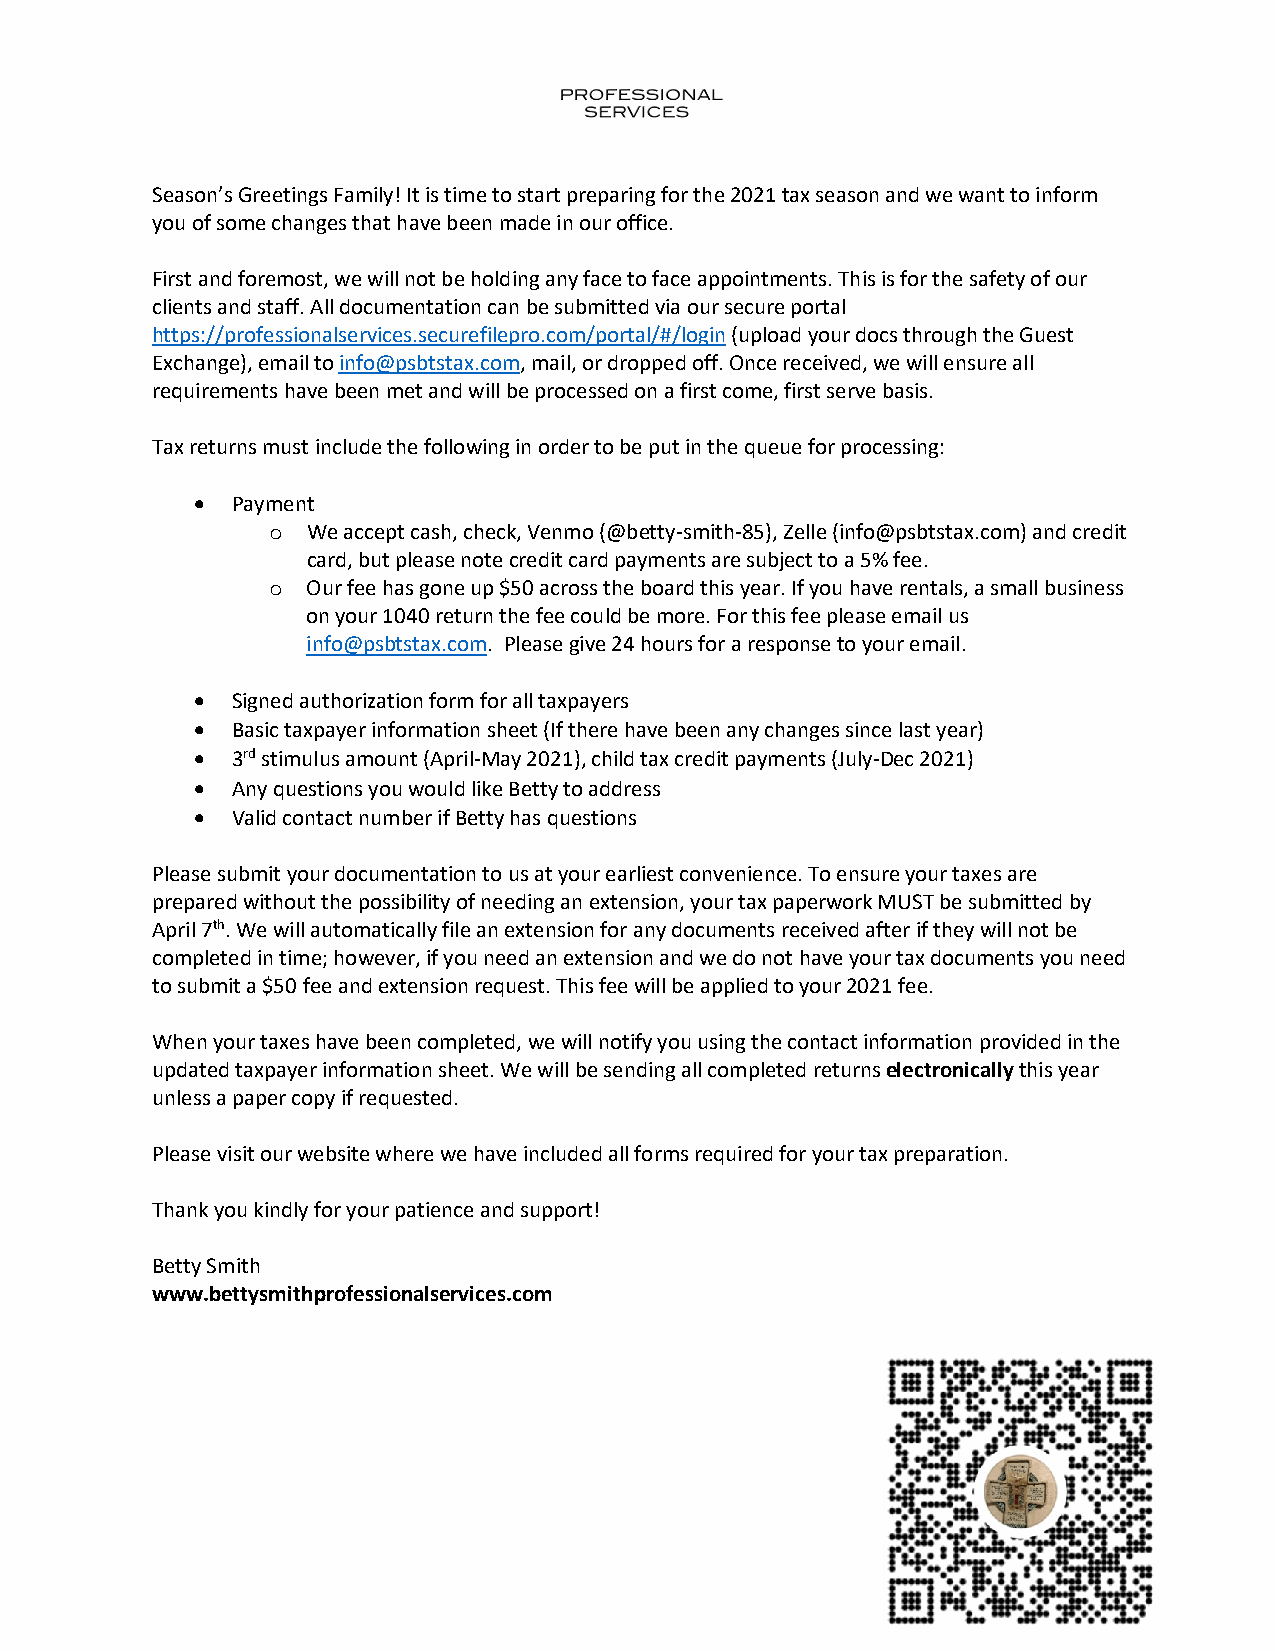
Season’s Greetings Family! It is time to start preparing for the 2021 tax season and we want to inform
 you of some changes that have been made in our office.
 First and foremost, we will not be holding any face to face appointments. This is for the safety of our
 clients and staff. All documentation can be submitted via our secure portal
 https://professionalservices.securefilepro.com/portal/#/login (upload your docs through the Guest
 Exchange), email to info@psbtstax.com, mail, or dropped off. Once received, we will ensure all
 requirements have been met and will be processed on a first come, first serve basis.
 Tax returns must include the following in order to be put in the queue for processing:
 • Payment
 o We accept cash, check, Venmo (@betty-smith-85), Zelle (info@psbtstax.com) and credit
 card, but please note credit card payments are subject to a 5% fee.
 o Our fee has gone up $50 across the board this year. If you have rentals, a small business
 on your 1040 return the fee could be more. For this fee please email us
 info@psbtstax.com. Please give 24 hours for a response to your email.
 • Signed authorization form for all taxpayers
 • Basic taxpayer information sheet (If there have been any changes since last year)
 • 3rd stimulus amount (April-May 2021), child tax credit payments (July-Dec 2021)
 • Any questions you would like Betty to address
 • Valid contact number if Betty has questions
 Please submit your documentation to us at your earliest convenience. To ensure your taxes are
 prepared without the possibility of needing an extension, your tax paperwork MUST be submitted by
 April 7th. We will automatically file an extension for any documents received after if they will not be
 completed in time; however, if you need an extension and we do not have your tax documents you need
 to submit a $50 fee and extension request. This fee will be applied to your 2021 fee.
 When your taxes have been completed, we will notify you using the contact information provided in the
 updated taxpayer information sheet. We will be sending all completed returns electronically this year
 unless a paper copy if requested.
 Please visit our website where we have included all forms required for your tax preparation.
 Thank you kindly for your patience and support!
 Betty Smith
 www.bettysmithprofessionalservices.com